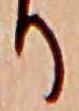
り